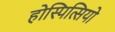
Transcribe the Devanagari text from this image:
होस्पित्सियो